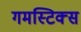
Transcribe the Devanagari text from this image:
गमस्टिक्स